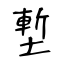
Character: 塹